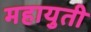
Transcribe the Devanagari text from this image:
महायुती